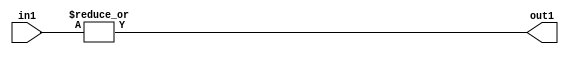
`timescale 1ps / 1ps
/*****************************************************************************
    Verilog RTL Description
    
    
    Created by: Stratus DpOpt 2019.1.01 
*******************************************************************************/

module pe_array_OrReduction_8U_1U_4 (
	in1,
	out1
	); /* architecture "behavioural" */ 
input [7:0] in1;
output  out1;
wire  asc001;

assign asc001 = 
	(|in1);

assign out1 = asc001;
endmodule

/* CADENCE  urb2SgA= : u9/ySgnWtBlWxVPRXgAZ4Og= ** DO NOT EDIT THIS LINE ******/